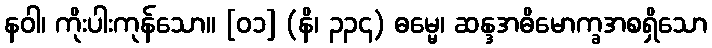
နဝါ၊ ကိုးပါးကုန်သော။ [၀၁] (နိ၊ ၃၃၄) ဓမ္မေ၊ ဆန္ဒအဓိမောက္ခအစရှိသော